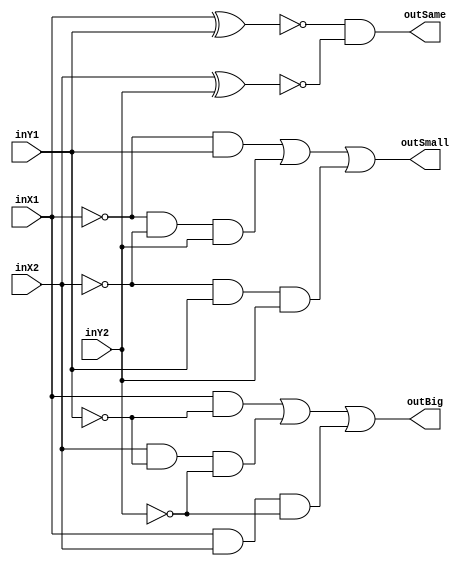
`timescale 1ns / 1ps

module two_bit_comparator(inX1, inX2, inY1, inY2, outBig, outSame, outSmall);

input inX1, inX2, inY1, inY2;
output outBig, outSame, outSmall;

assign outBig=((inX1)&(~inY1))|(inX2&(~inY1)&(~inY2))|(inX1&inX2&(~inY2));
assign outSame=(~(inX1^inY1))&(~(inX2^inY2));
assign outSmall=((~inX1)&inY1)|((~inX1)&(~inX2)&inY2)|((~inX2)&inY1&inY2);

endmodule